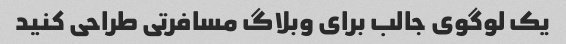
یک لوگوی جالب برای وبلاگ مسافرتی طراحی کنید